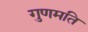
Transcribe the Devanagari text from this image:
गुणमति